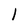
Character: 1